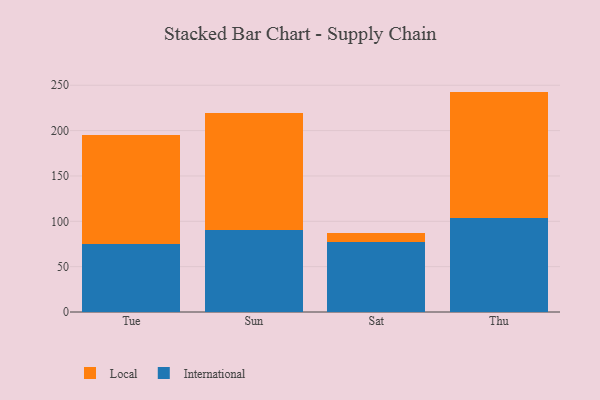
{"axis": {"x": "Day", "y": "Satisfaction Score"}, "legend": ["International", "Local"], "data": [{"x": "Tue", "y": 75.0, "type": "International"}, {"x": "Tue", "y": 120.5, "type": "Local"}, {"x": "Sun", "y": 89.9, "type": "International"}, {"x": "Sun", "y": 130.0, "type": "Local"}, {"x": "Sat", "y": 77.0, "type": "International"}, {"x": "Sat", "y": 10.5, "type": "Local"}, {"x": "Thu", "y": 103.3, "type": "International"}, {"x": "Thu", "y": 139.7, "type": "Local"}]}